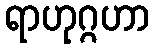
ရာဟုဂ္ဂဟာ